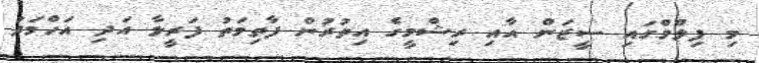
މި ފިލްމްގައި ސީޒަން އާއި ރިޝްމީގެ އިތުރުން ފާތިމަތު ފަރީލާ އަދި އަހްމަދު